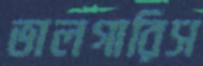
ভালগারিস